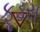
ફૂડસ